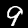
Label: 9